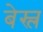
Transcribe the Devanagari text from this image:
बेस्ल